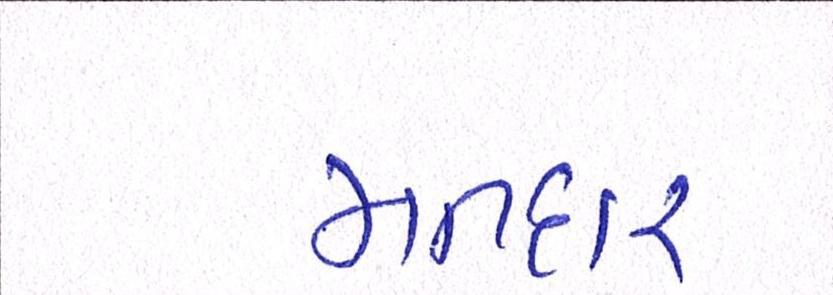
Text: મતદાર